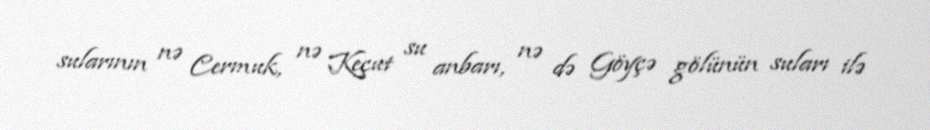
sularının nə Cermuk, nə Keçut su anbarı, nə də Göyçə gölünün suları ilə